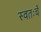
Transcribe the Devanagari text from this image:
स्वतःचें